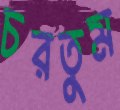
চরতুম